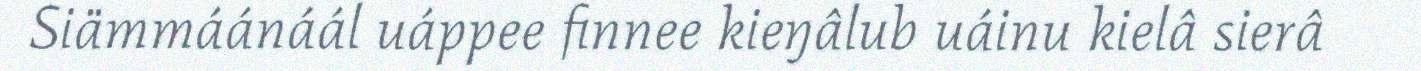
Siämmáánáál uáppee finnee kieŋâlub uáinu kielâ sierâ